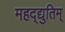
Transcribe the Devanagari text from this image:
महद्‌द्युतिम्